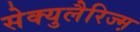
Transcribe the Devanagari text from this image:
सेक्युलैरिज्म़